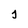
Character: j